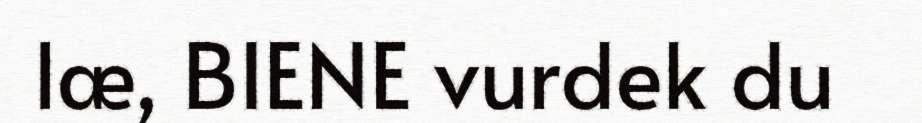
læ, BIENE vurdek du